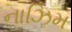
નાઝિમ